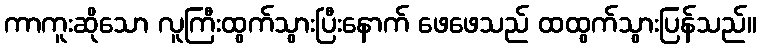
ကာကူးဆိုသော လူကြီးထွက်သွားပြီးနောက် ဖေဖေသည် ထထွက်သွားပြန်သည်။